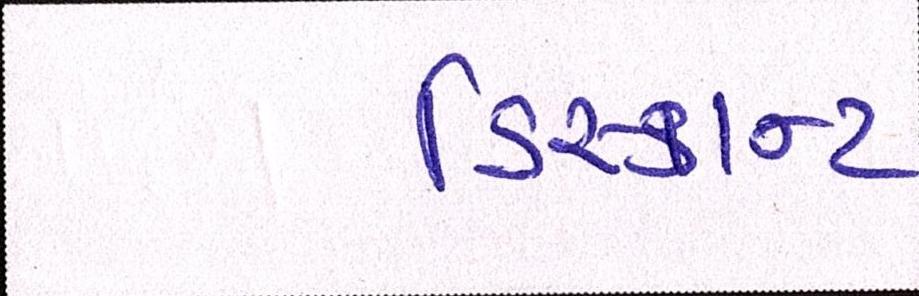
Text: ડિસ્કાન્ટ